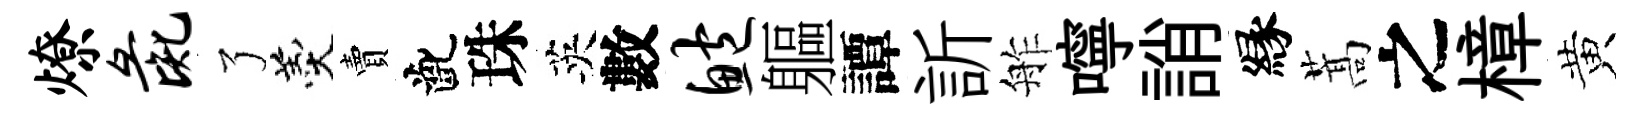
燎彘了羹賣齔珠英數鲍軀譚訢舴嚀誚縁蒿之樟黄